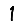
Digit: 1